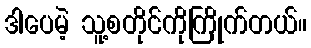
ဒါပေမဲ့ သူ့စတိုင်ကိုကြိုက်တယ်။